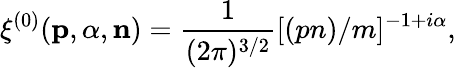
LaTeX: \xi^{(0)}({\mathbf p},{\alpha},{\mathbf n})=\frac{1}{(2\pi)^{3/2}}[(pn)/m]^{-1+i\alpha},